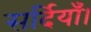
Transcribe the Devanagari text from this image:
सर्दियाँ।